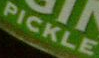
PICKLE